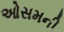
ઓસમની